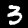
Digit: 3